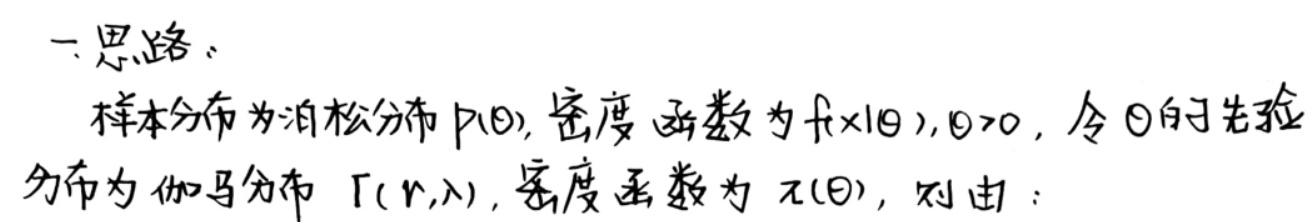
一、思路：
样本分布为泊松分布$P(\theta)$，密度函数为$f(x|\theta),\theta > 0$，令$\theta$的先验分布为伽马分布$\Gamma(r,\lambda)$，密度函数为$\pi(\theta)$，则由：